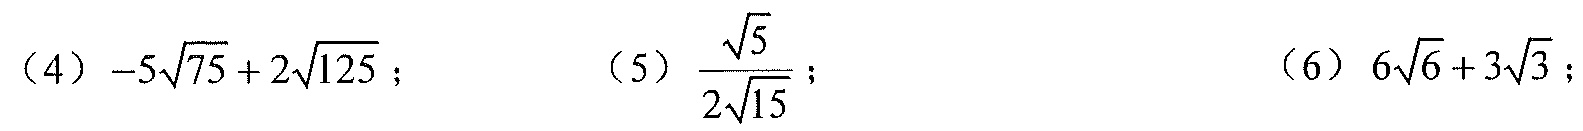
（4）\(-5\sqrt{75}+2\sqrt{125}\)； （5）\(\frac{\sqrt{5}}{2\sqrt{15}}\)； （6）\(6\sqrt{6}+3\sqrt{3}\)；